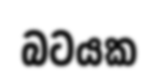
බටයක